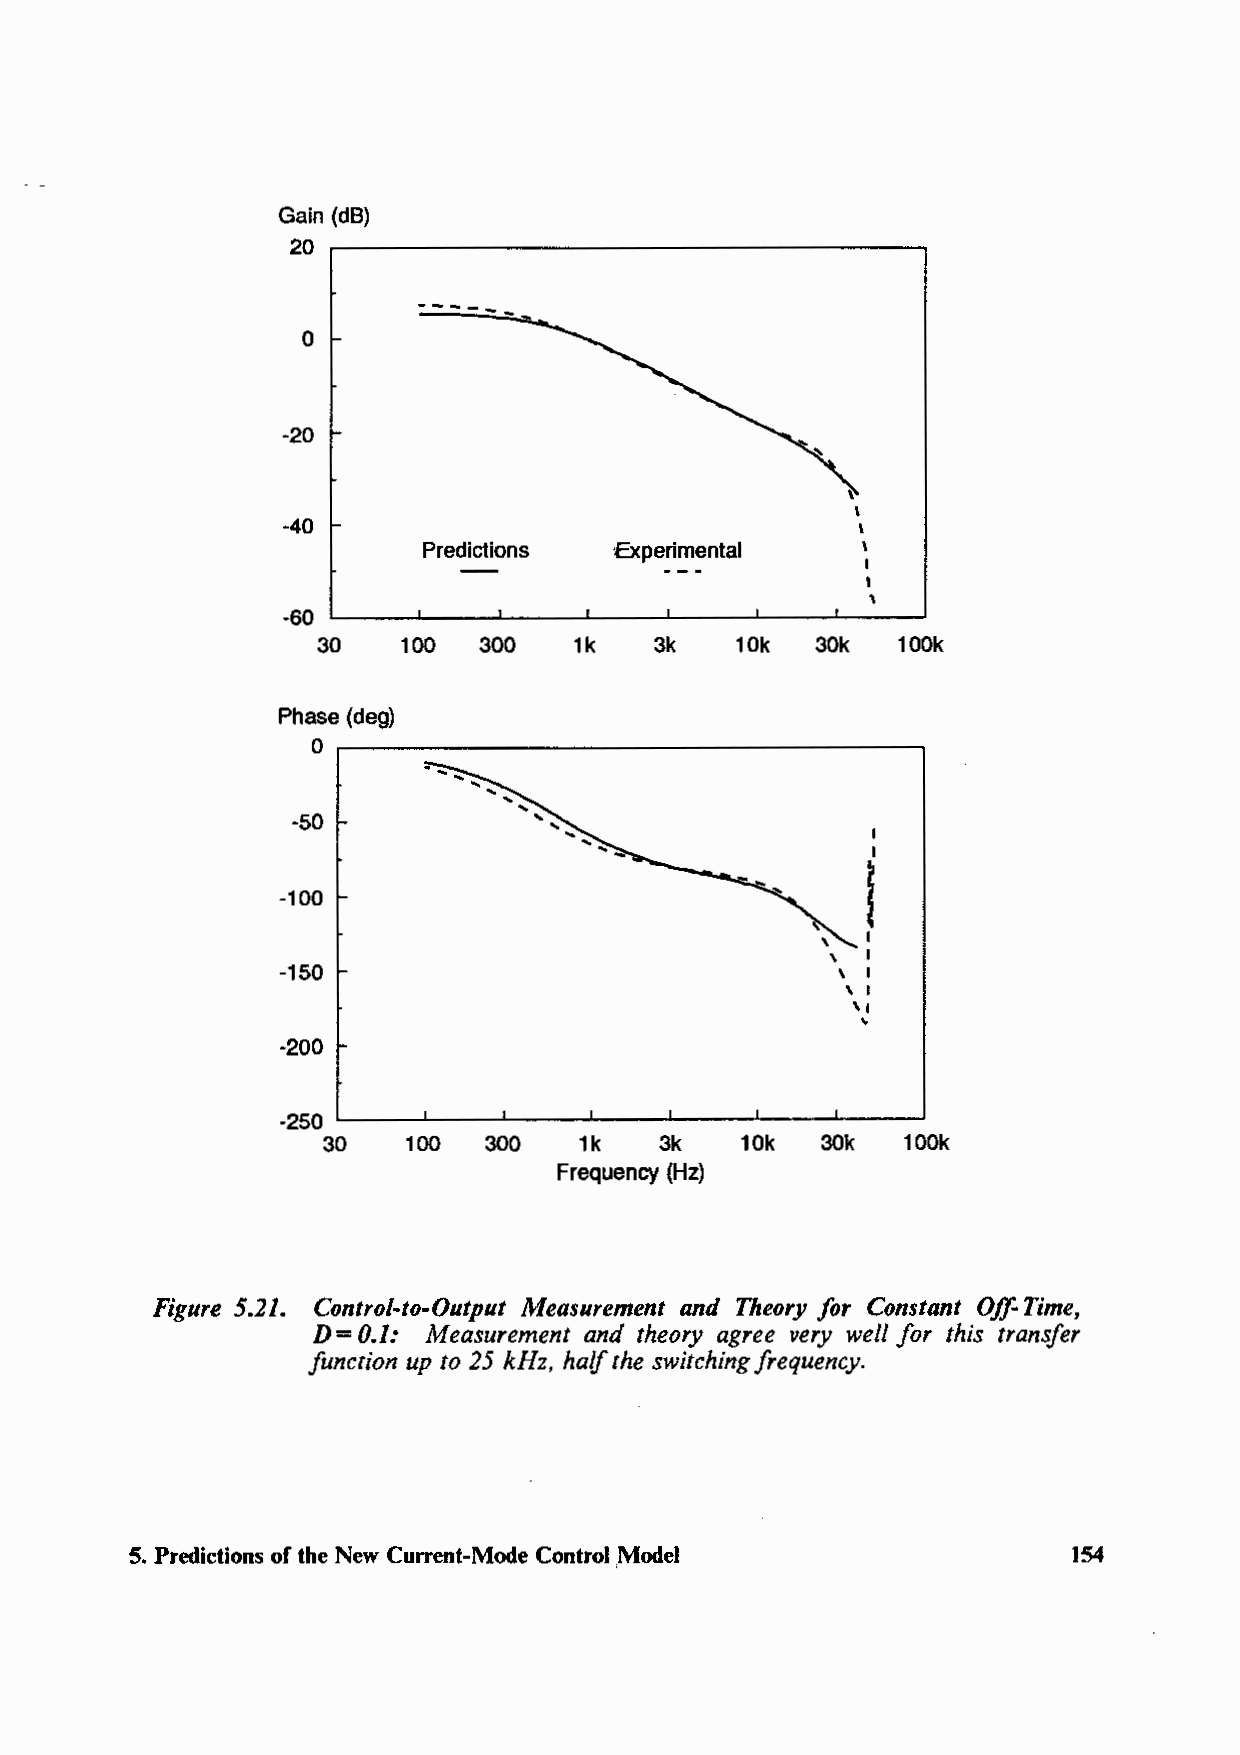
Gain (dB)
 20
 -----
 0
 -20
 -40
 Predictions  Experimental    \
 I
 '
 -60
 30   100   300   1k   3k    10k  30k  100k
 Phase (deg)
 0
 -50
 I
 I
 I
 -100
 -150
 -200
 -250
 30    100  300   1k   3k    10k  30k   100k
 Frequency (Hz)
 Figure 5.21. Control-to-Output Measurement and Theory for Constant Off-Time,
 D= 0.1: Measurement and theory agree very well for this tranefer
 function up to 25 kHz. half the switching frequency.
 5. Predictions of the New Current-Mode Control Model           154